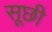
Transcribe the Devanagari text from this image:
सूछी